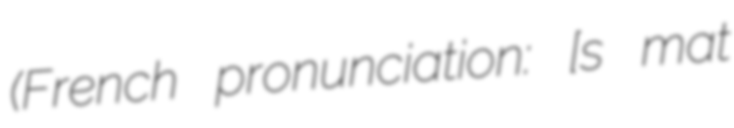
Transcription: (French pronunciation: ​[sɛ̃ maʁtɛ̃